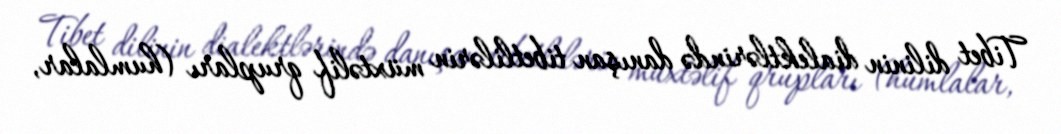
Tibet dilinin dialektlərində danışan tibetlilərin müxtəlif qrupları (humlalar,